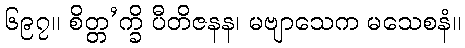
၆၉၇။ စိတ္တ’က္ခိ ပီတိဇနန၊ မဗျာသေက မသေစနံ။